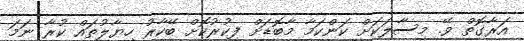
އަރާގޮތް ވޭ. މިސާލަކަށް ކަންކަމާ މާބޮޑަށް ފިކުރުކޮށް ބޭކާރު ހިޔާލުތައް ކުރާ ނަމަ